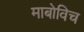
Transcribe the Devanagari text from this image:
माबोविच